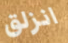
انزلق